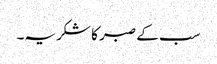
سب کے صبر کا شکریہ۔